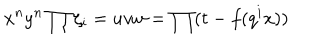
x ^ { n } y ^ { n } \prod \zeta _ { i } = u v w = \prod ( t - f ( q ^ { i } x ) )